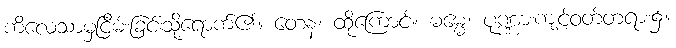
ကိလေသာမှငြိမ်းခြင်းသို့ရောက်၏။ တေန၊ ထိုကြောင့်။ ဓမ္မေ၊ ပုဏ္ဏားကျင့်ဝတ်တရား၌။